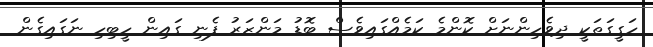
ހަގީގަތަކީ ދިވެހިންނަށް ކޮންމެ ކަމެއްގައިވެސް ބޮޑު މަންޒަރު ފެނި ގައިން ހީބިހި ނަގައިގެން